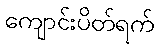
ကျောင်းပိတ်ရက်